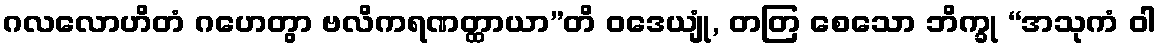
ဂလလောဟိတံ ဂဟေတွာ ဗလိကရဏတ္ထာယာ”တိ ဝဒေယျုံ, တတြ စေသော ဘိက္ခု “အသုကံ ဝါ